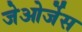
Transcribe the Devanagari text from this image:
जेओर्जेस